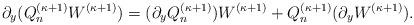
LaTeX: \begin{align*} \partial_y(Q^{(\kappa+1)}_nW^{(\kappa+1)})=(\partial_yQ^{(\kappa+1)}_n)W^{(\kappa+1)}+Q^{(\kappa+1)}_n(\partial_y W^{(\kappa+1)}).\end{align*}